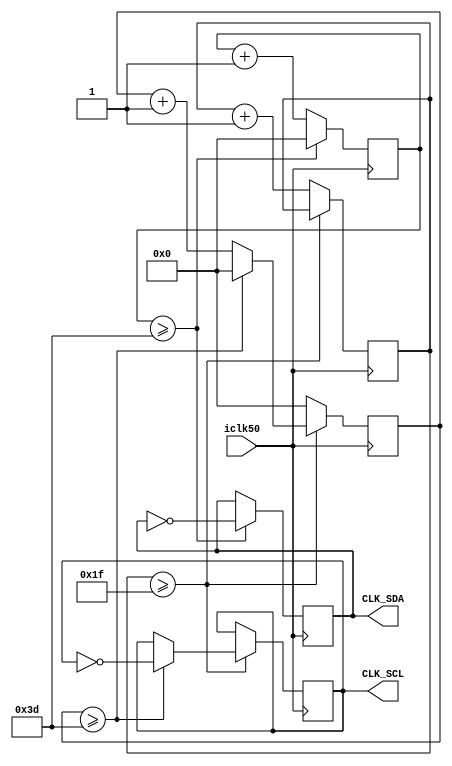
module I2C_CLOCK_Generator(
						iclk50,
						CLK_SDA,
						CLK_SCL
						);
input iclk50;
output reg 	CLK_SDA;
output reg 	CLK_SCL;
parameter 	CntValue = 50000000;//50MEGA
parameter 	I2C400K  = 400000;	//400K
reg [31:0]	CntSDA;
reg [31:0]	CntSCL;
reg [31:0]	delay;
always@(posedge iclk50)begin
	if(delay >= (CntValue / (I2C400K * 4)))begin
		delay	<=	delay;
		if(CntSCL >= ((CntValue / (I2C400K * 2)) - 1))begin
			CLK_SCL	<=	~CLK_SCL;
			CntSCL	<=	0;
		end else begin
			CLK_SCL	<=	CLK_SCL;
			CntSCL	<=	CntSCL + 1;
		end
	end else begin
		delay		<=	delay + 1;
		CntSCL	<=	0;
	end
end

always@(posedge iclk50)begin
	if(CntSDA >= (((CntValue / (I2C400K * 2)) - 1)))begin
		CLK_SDA	<=	~CLK_SDA;
		CntSDA	<=	0;
	end else begin
		CLK_SDA	<=	CLK_SDA;
		CntSDA	<=	CntSDA + 1;
	end
end
endmodule